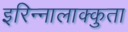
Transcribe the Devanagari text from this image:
इरिन्नालाक्कुता